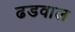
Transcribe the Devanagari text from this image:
ढडवाल